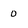
Character: 0